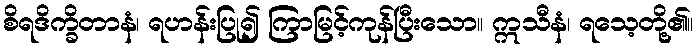
စိရဒိက္ခိတာနံ၊ ရဟန်းပြု၍ ကြာမြင့်ကုန်ပြီးသော။ ဣသီနံ၊ ရသေ့တို့၏။